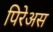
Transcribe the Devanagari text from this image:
पिरेअस